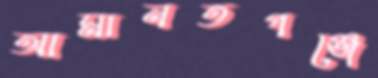
আমানতগঞ্জে